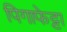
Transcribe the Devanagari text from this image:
पिगाफेट्टा